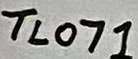
Text: TL071